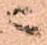
ニ